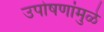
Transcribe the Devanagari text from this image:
उपोषणांमुळे